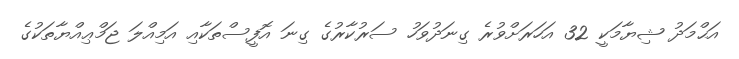
އަޙްމަދު ޝިޔާމަކީ 32 އަހަރަށްވުރެ ގިނަދުވަހު ސަރުކާރުގެ ގިނަ އޮފީސްތަކާއި އަމިއްލަ ޖަމްޢިއްޔާތަކުގެ